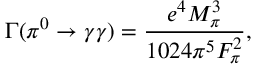
\Gamma ( \pi ^ { 0 } \rightarrow \gamma \gamma ) = \frac { e ^ { 4 } M _ { \pi } ^ { 3 } } { 1 0 2 4 \pi ^ { 5 } F _ { \pi } ^ { 2 } } ,